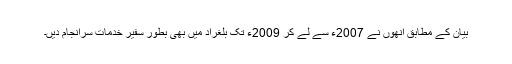
بیان کے مطابق اُنھوں نے 2007ء سے لے کر 2009ء تک بلغراد میں بھی بطور سفیر خدمات سرانجام دیں۔